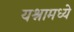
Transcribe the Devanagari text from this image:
यश्नामध्ये